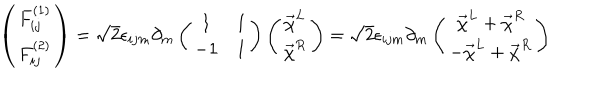
\left( \begin{array} { c } { { F _ { i j } ^ { ( 1 ) } } } \\ { { F _ { i j } ^ { ( 2 ) } } } \\ \end{array} \right) = \sqrt { 2 } \epsilon _ { i j m } \partial _ { m } \left( \begin{array} { c c } { { 1 } } & { { 1 } } \\ { { - 1 } } & { { 1 } } \\ \end{array} \right) \left( \begin{array} { c } { { \vec { \chi } ^ { L } } } \\ { { \vec { \chi } ^ { R } } } \\ \end{array} \right) = \sqrt { 2 } \epsilon _ { i j m } \partial _ { m } \left( \begin{array} { c } { { \hspace { 0 . 3 c m } \vec { \chi } ^ { L } + \vec { \chi } ^ { R } } } \\ { { - \vec { \chi } ^ { L } + \vec { \chi } ^ { R } } } \\ \end{array} \right)